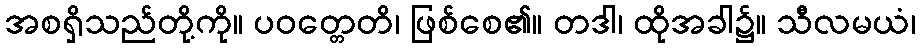
အစရှိသည်တို့ကို။ ပဝတ္တေတိ၊ ဖြစ်စေ၏။ တဒါ၊ ထိုအခါ၌။ သီလမယံ၊